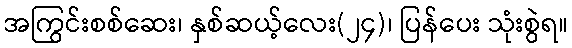
အကြွင်းစစ်ဆေး၊ နှစ်ဆယ့်လေး(၂၄)၊ ပြန်ပေး သုံးစွဲရ။